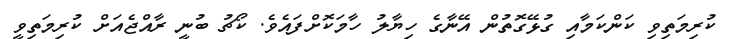
ކުރިމަތިވި ކަންކަމާއި ގުޅޭގޮތުން އޭނާގެ ހިޔާލު ހާމަކޮށްފައެވެ. ކޯޗު ބުނީ ރާއްޖެއަށް ކުރިމަތިވީ